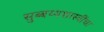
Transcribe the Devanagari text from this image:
सुब्बय्यशास्त्रींचा